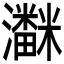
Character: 𱪌